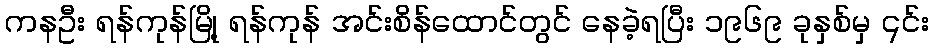
ကနဦး ရန်ကုန်မြို့ ရန်ကုန် အင်းစိန်ထောင်တွင် နေခဲ့ရပြီး ၁၉၆၉ ခုနှစ်မှ ၎င်း